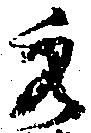
秀